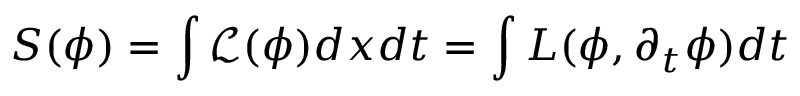
S ( \phi ) = \int { \mathcal { L } } ( \phi ) d x d t = \int L ( \phi , \partial _ { t } \phi ) d t